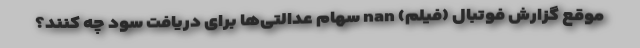
موقع گزارش فوتبال (فیلم) nan سهام عدالتی‌ها برای دریافت سود چه کنند؟